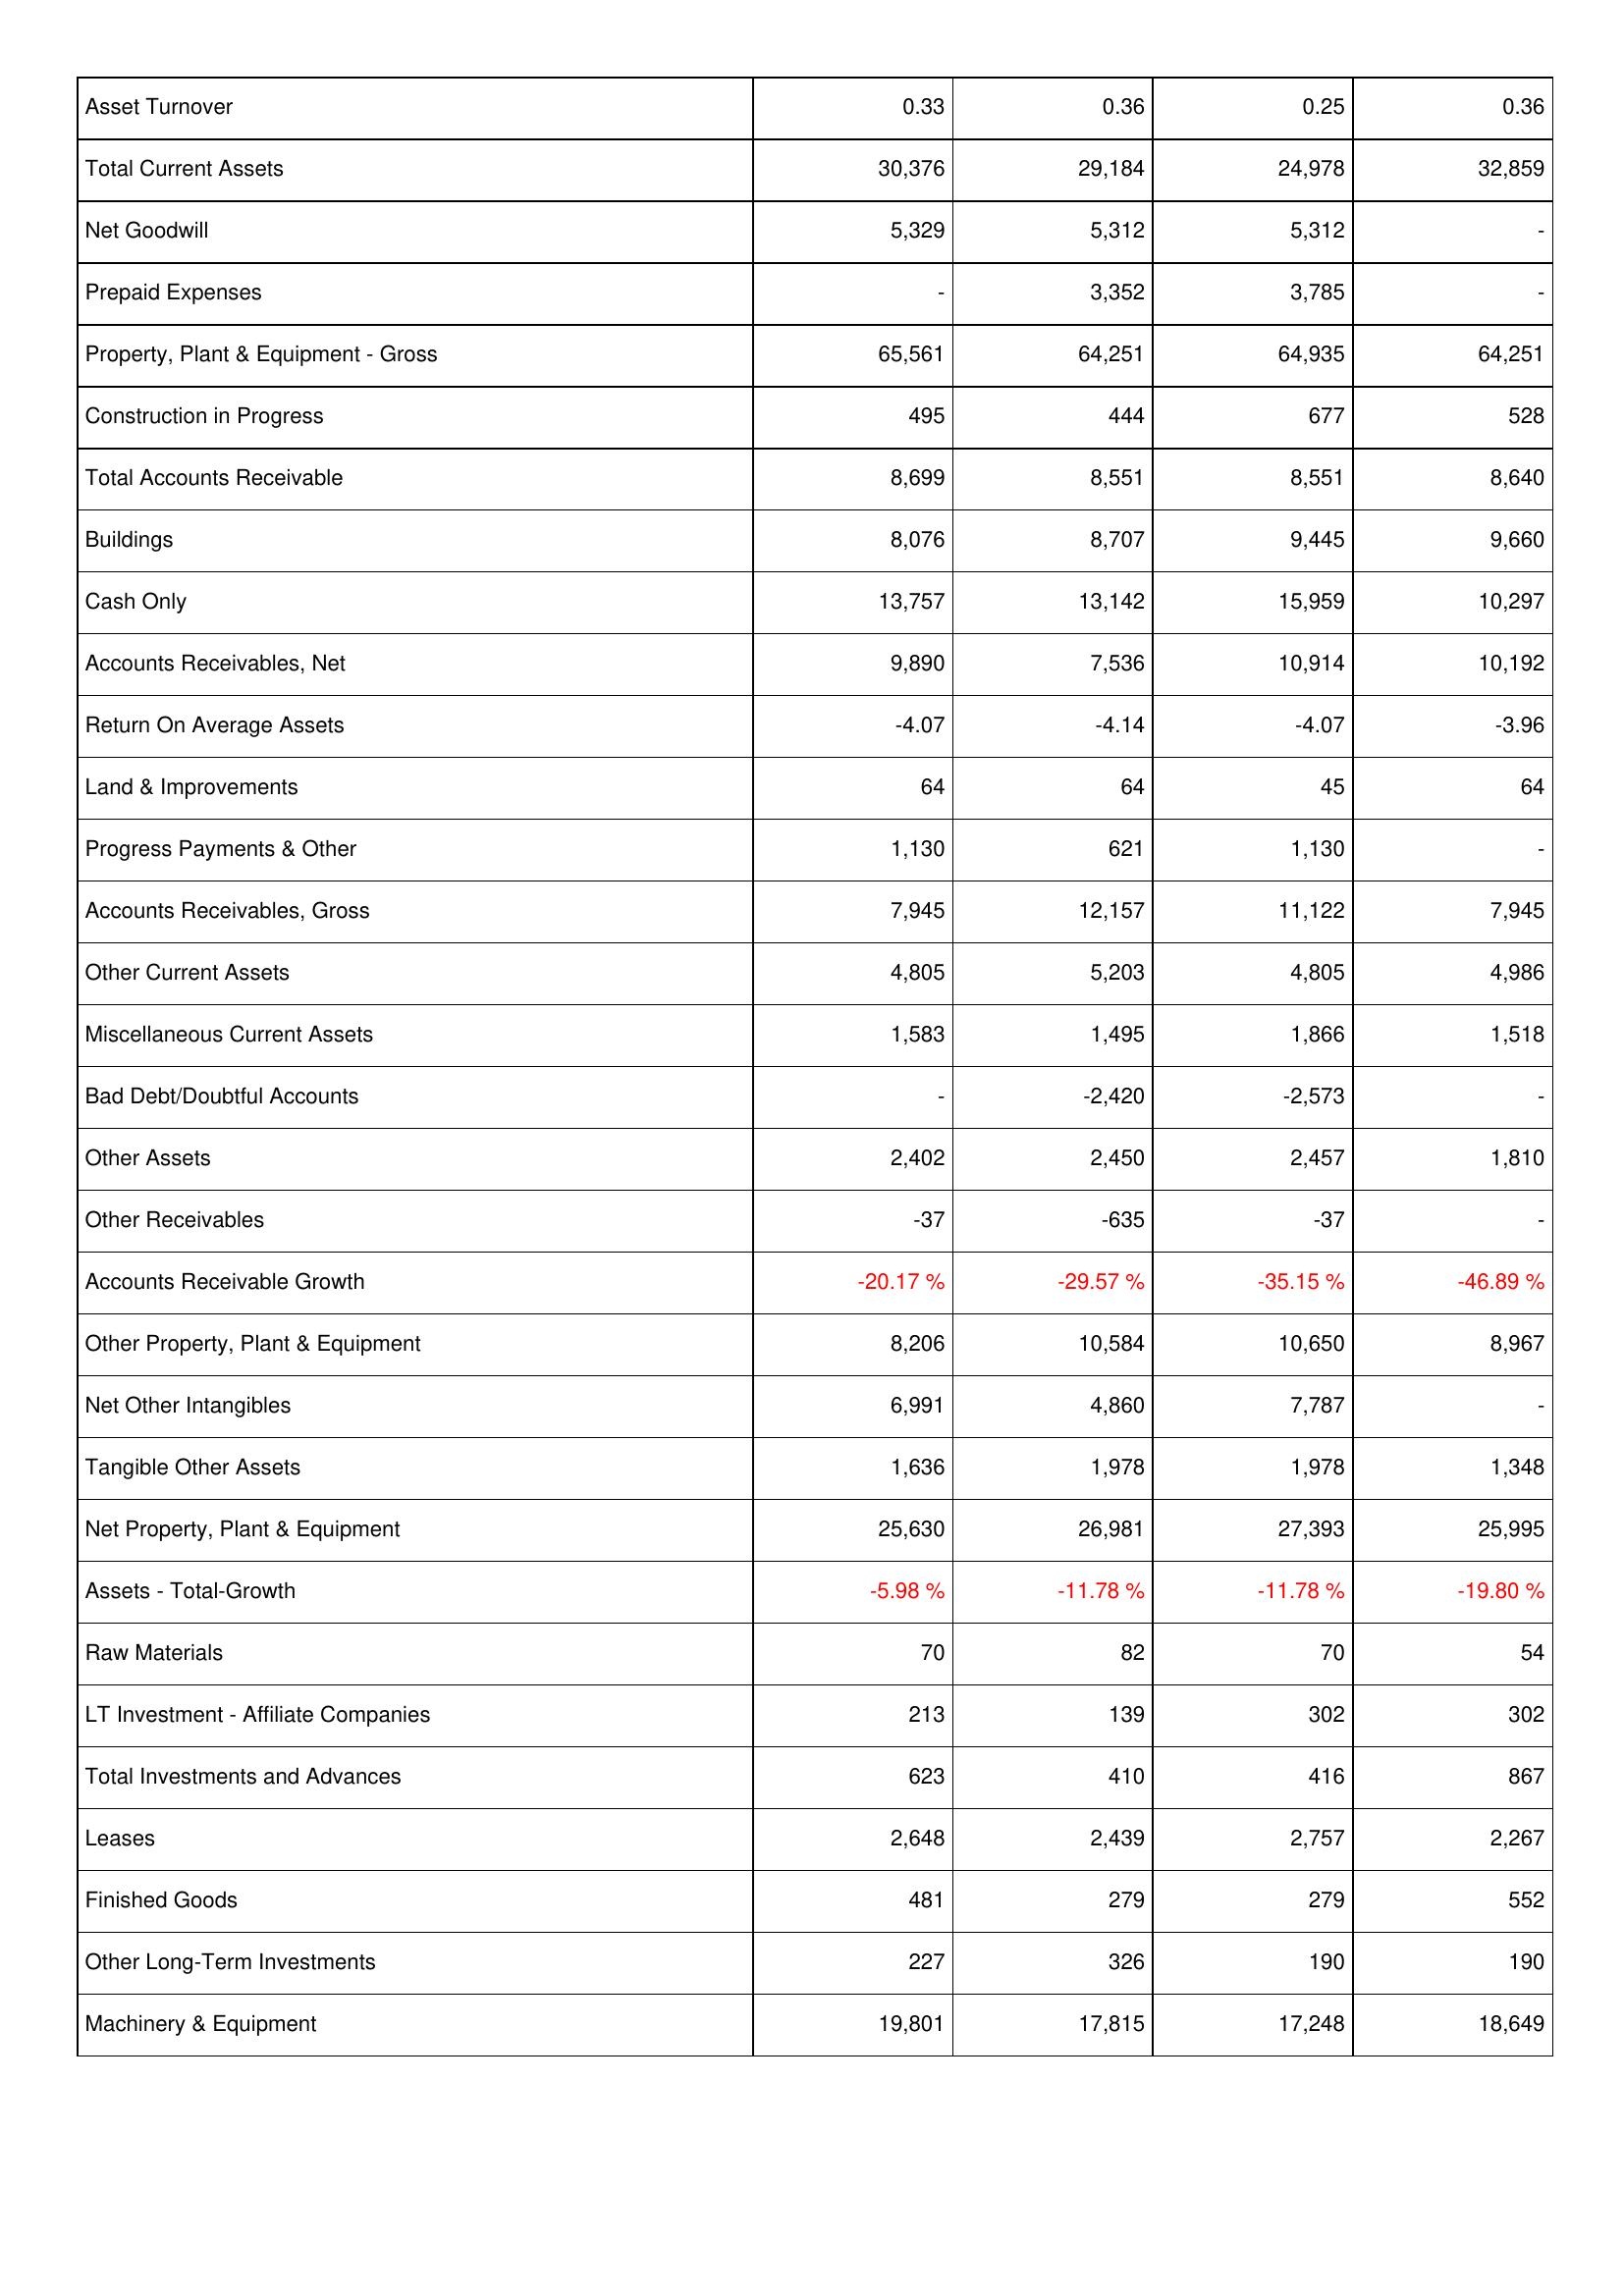
2008: Assets: Asset Turnover: 0.33
Total Current Assets: 30,376
Net Goodwill: 5,329
Prepaid Expenses: -
Property, Plant & Equipment - Gross: 65,561
Construction in Progress: 495
Total Accounts Receivable: 8,699
Buildings: 8,076
Cash Only: 13,757
Accounts Receivables, Net: 9,890
Return On Average Assets: -4.07
Land & Improvements: 64
Progress Payments & Other: 1,130
Accounts Receivables, Gross: 7,945
Other Current Assets: 4,805
Miscellaneous Current Assets: 1,583
Bad Debt/Doubtful Accounts: -
Other Assets: 2,402
Other Receivables: -37
Accounts Receivable Growth: -20.17 %
Other Property, Plant & Equipment: 8,206
Net Other Intangibles: 6,991
Tangible Other Assets: 1,636
Net Property, Plant & Equipment: 25,630
Assets - Total-Growth: -5.98 %
Raw Materials: 70
LT Investment - Affiliate Companies: 213
Total Investments and Advances: 623
Leases: 2,648
Finished Goods: 481
Other Long-Term Investments: 227
Machinery & Equipment: 19,801
2007: Assets: Asset Turnover: 0.36
Total Current Assets: 29,184
Net Goodwill: 5,312
Prepaid Expenses: 3,352
Property, Plant & Equipment - Gross: 64,251
Construction in Progress: 444
Total Accounts Receivable: 8,551
Buildings: 8,707
Cash Only: 13,142
Accounts Receivables, Net: 7,536
Return On Average Assets: -4.14
Land & Improvements: 64
Progress Payments & Other: 621
Accounts Receivables, Gross: 12,157
Other Current Assets: 5,203
Miscellaneous Current Assets: 1,495
Bad Debt/Doubtful Accounts: -2,420
Other Assets: 2,450
Other Receivables: -635
Accounts Receivable Growth: -29.57 %
Other Property, Plant & Equipment: 10,584
Net Other Intangibles: 4,860
Tangible Other Assets: 1,978
Net Property, Plant & Equipment: 26,981
Assets - Total-Growth: -11.78 %
Raw Materials: 82
LT Investment - Affiliate Companies: 139
Total Investments and Advances: 410
Leases: 2,439
Finished Goods: 279
Other Long-Term Investments: 326
Machinery & Equipment: 17,815
2006: Assets: Asset Turnover: 0.25
Total Current Assets: 24,978
Net Goodwill: 5,312
Prepaid Expenses: 3,785
Property, Plant & Equipment - Gross: 64,935
Construction in Progress: 677
Total Accounts Receivable: 8,551
Buildings: 9,445
Cash Only: 15,959
Accounts Receivables, Net: 10,914
Return On Average Assets: -4.07
Land & Improvements: 45
Progress Payments & Other: 1,130
Accounts Receivables, Gross: 11,122
Other Current Assets: 4,805
Miscellaneous Current Assets: 1,866
Bad Debt/Doubtful Accounts: -2,573
Other Assets: 2,457
Other Receivables: -37
Accounts Receivable Growth: -35.15 %
Other Property, Plant & Equipment: 10,650
Net Other Intangibles: 7,787
Tangible Other Assets: 1,978
Net Property, Plant & Equipment: 27,393
Assets - Total-Growth: -11.78 %
Raw Materials: 70
LT Investment - Affiliate Companies: 302
Total Investments and Advances: 416
Leases: 2,757
Finished Goods: 279
Other Long-Term Investments: 190
Machinery & Equipment: 17,248
2005: Assets: Asset Turnover: 0.36
Total Current Assets: 32,859
Net Goodwill: -
Prepaid Expenses: -
Property, Plant & Equipment - Gross: 64,251
Construction in Progress: 528
Total Accounts Receivable: 8,640
Buildings: 9,660
Cash Only: 10,297
Accounts Receivables, Net: 10,192
Return On Average Assets: -3.96
Land & Improvements: 64
Progress Payments & Other: -
Accounts Receivables, Gross: 7,945
Other Current Assets: 4,986
Miscellaneous Current Assets: 1,518
Bad Debt/Doubtful Accounts: -
Other Assets: 1,810
Other Receivables: -
Accounts Receivable Growth: -46.89 %
Other Property, Plant & Equipment: 8,967
Net Other Intangibles: -
Tangible Other Assets: 1,348
Net Property, Plant & Equipment: 25,995
Assets - Total-Growth: -19.80 %
Raw Materials: 54
LT Investment - Affiliate Companies: 302
Total Investments and Advances: 867
Leases: 2,267
Finished Goods: 552
Other Long-Term Investments: 190
Machinery & Equipment: 18,649